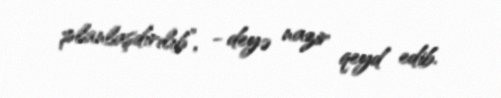
planlaşdırılıb”, - deyə nazir qeyd edib.